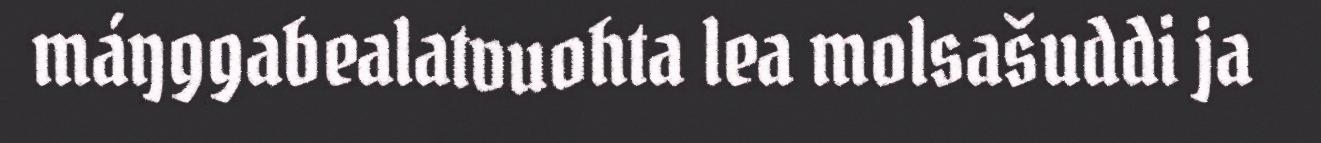
máŋggabealatvuohta lea molsašuddi ja